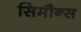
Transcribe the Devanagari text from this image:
सिमौन्स